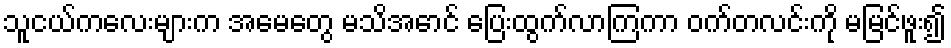
သူငယ်ကလေးများက အမေတွေ မသိအောင် ပြေးထွက်လာကြကာ ဝက်တလင်းကို မမြင်ဖူး၍